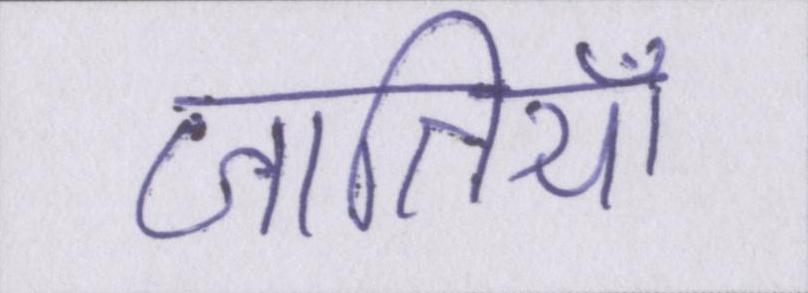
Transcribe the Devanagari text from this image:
जातियाँ